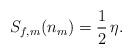
LaTeX: \begin{align*}S_{f,m}(n_m) = {1\over 2}\, \eta .\end{align*}